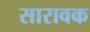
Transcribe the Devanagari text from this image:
सारावक